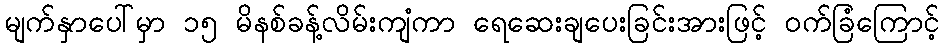
မျက်နှာပေါ်မှာ ၁၅ မိနစ်ခန့်လိမ်းကျံကာ ရေဆေးချပေးခြင်းအားဖြင့် ဝက်ခြံကြောင့်